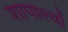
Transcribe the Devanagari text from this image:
शांपोल्यों